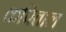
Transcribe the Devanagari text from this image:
कपिताल